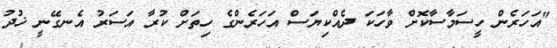
"އަހަރެން ހީސަމާސާކޮށް ވާހަކަ ދެއްކިޔަސް އަހަރެންގެ ހިތަށް ކުރާ އަސަރު އެނގޭނީ ޚުދު